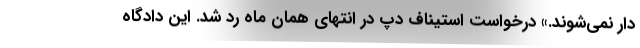
دار نمی‌شوند.» درخواست استیناف دپ در انتهای همان ماه رد شد. این دادگاه